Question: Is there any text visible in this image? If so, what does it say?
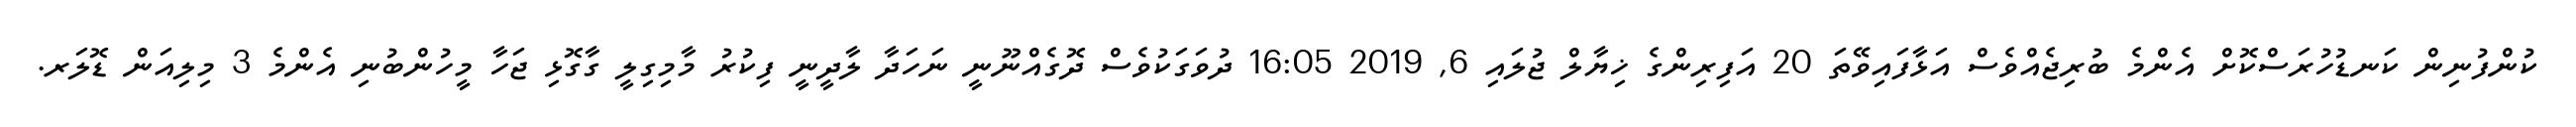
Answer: ކުންފުނިން ކަނޑުހުރަސްކޮށް އެންމެ ބުރިޖެއްވެސް އަޅާފައިވޭތަ 20 އަފިރިންގެ ޚިޔާލް ޖުލައި 6, 2019 16:05 ދުވަގަކުވެސް ދޮގެއްނޫނީ ނަހަދާ ލާދީނީ ފިކުރު މާމިގިލީ ގާގޮޅި ޖަހާ މީހުންބުނި އެންމެ 3 މިލިއަން ޑޮލަރ.